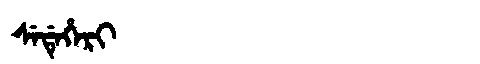
Manchu: ᠰᡝᡩᡝᡥᡝᡵᡳ
Romanization: SEDEHERI